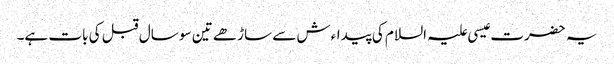
یہ حضرت عیسی علیہ السلام کی پیداءش سے ساڑھے تین سو سال قبل کی بات ہے۔